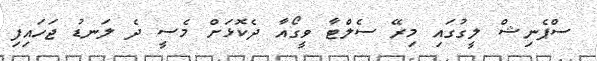
ސްޕެނިޝް ލީގުގައި މިރޭ ސެލްޓާ ވީގޯއާ ދެކޮޅަށް މެސީ ދެ ލަނޑު ޖަހައިފި